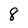
Character: 8